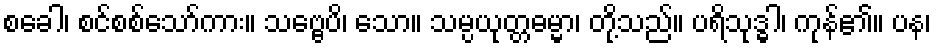
စခေါ၊ စင်စစ်သော်ကား။ သဗ္ဗေပိ၊ သော။ သမ္ပယုတ္တဓမ္မာ၊ တို့သည်။ ပရိသုဒ္ဓါ၊ ကုန်၏။ ပန၊